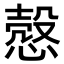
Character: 慤